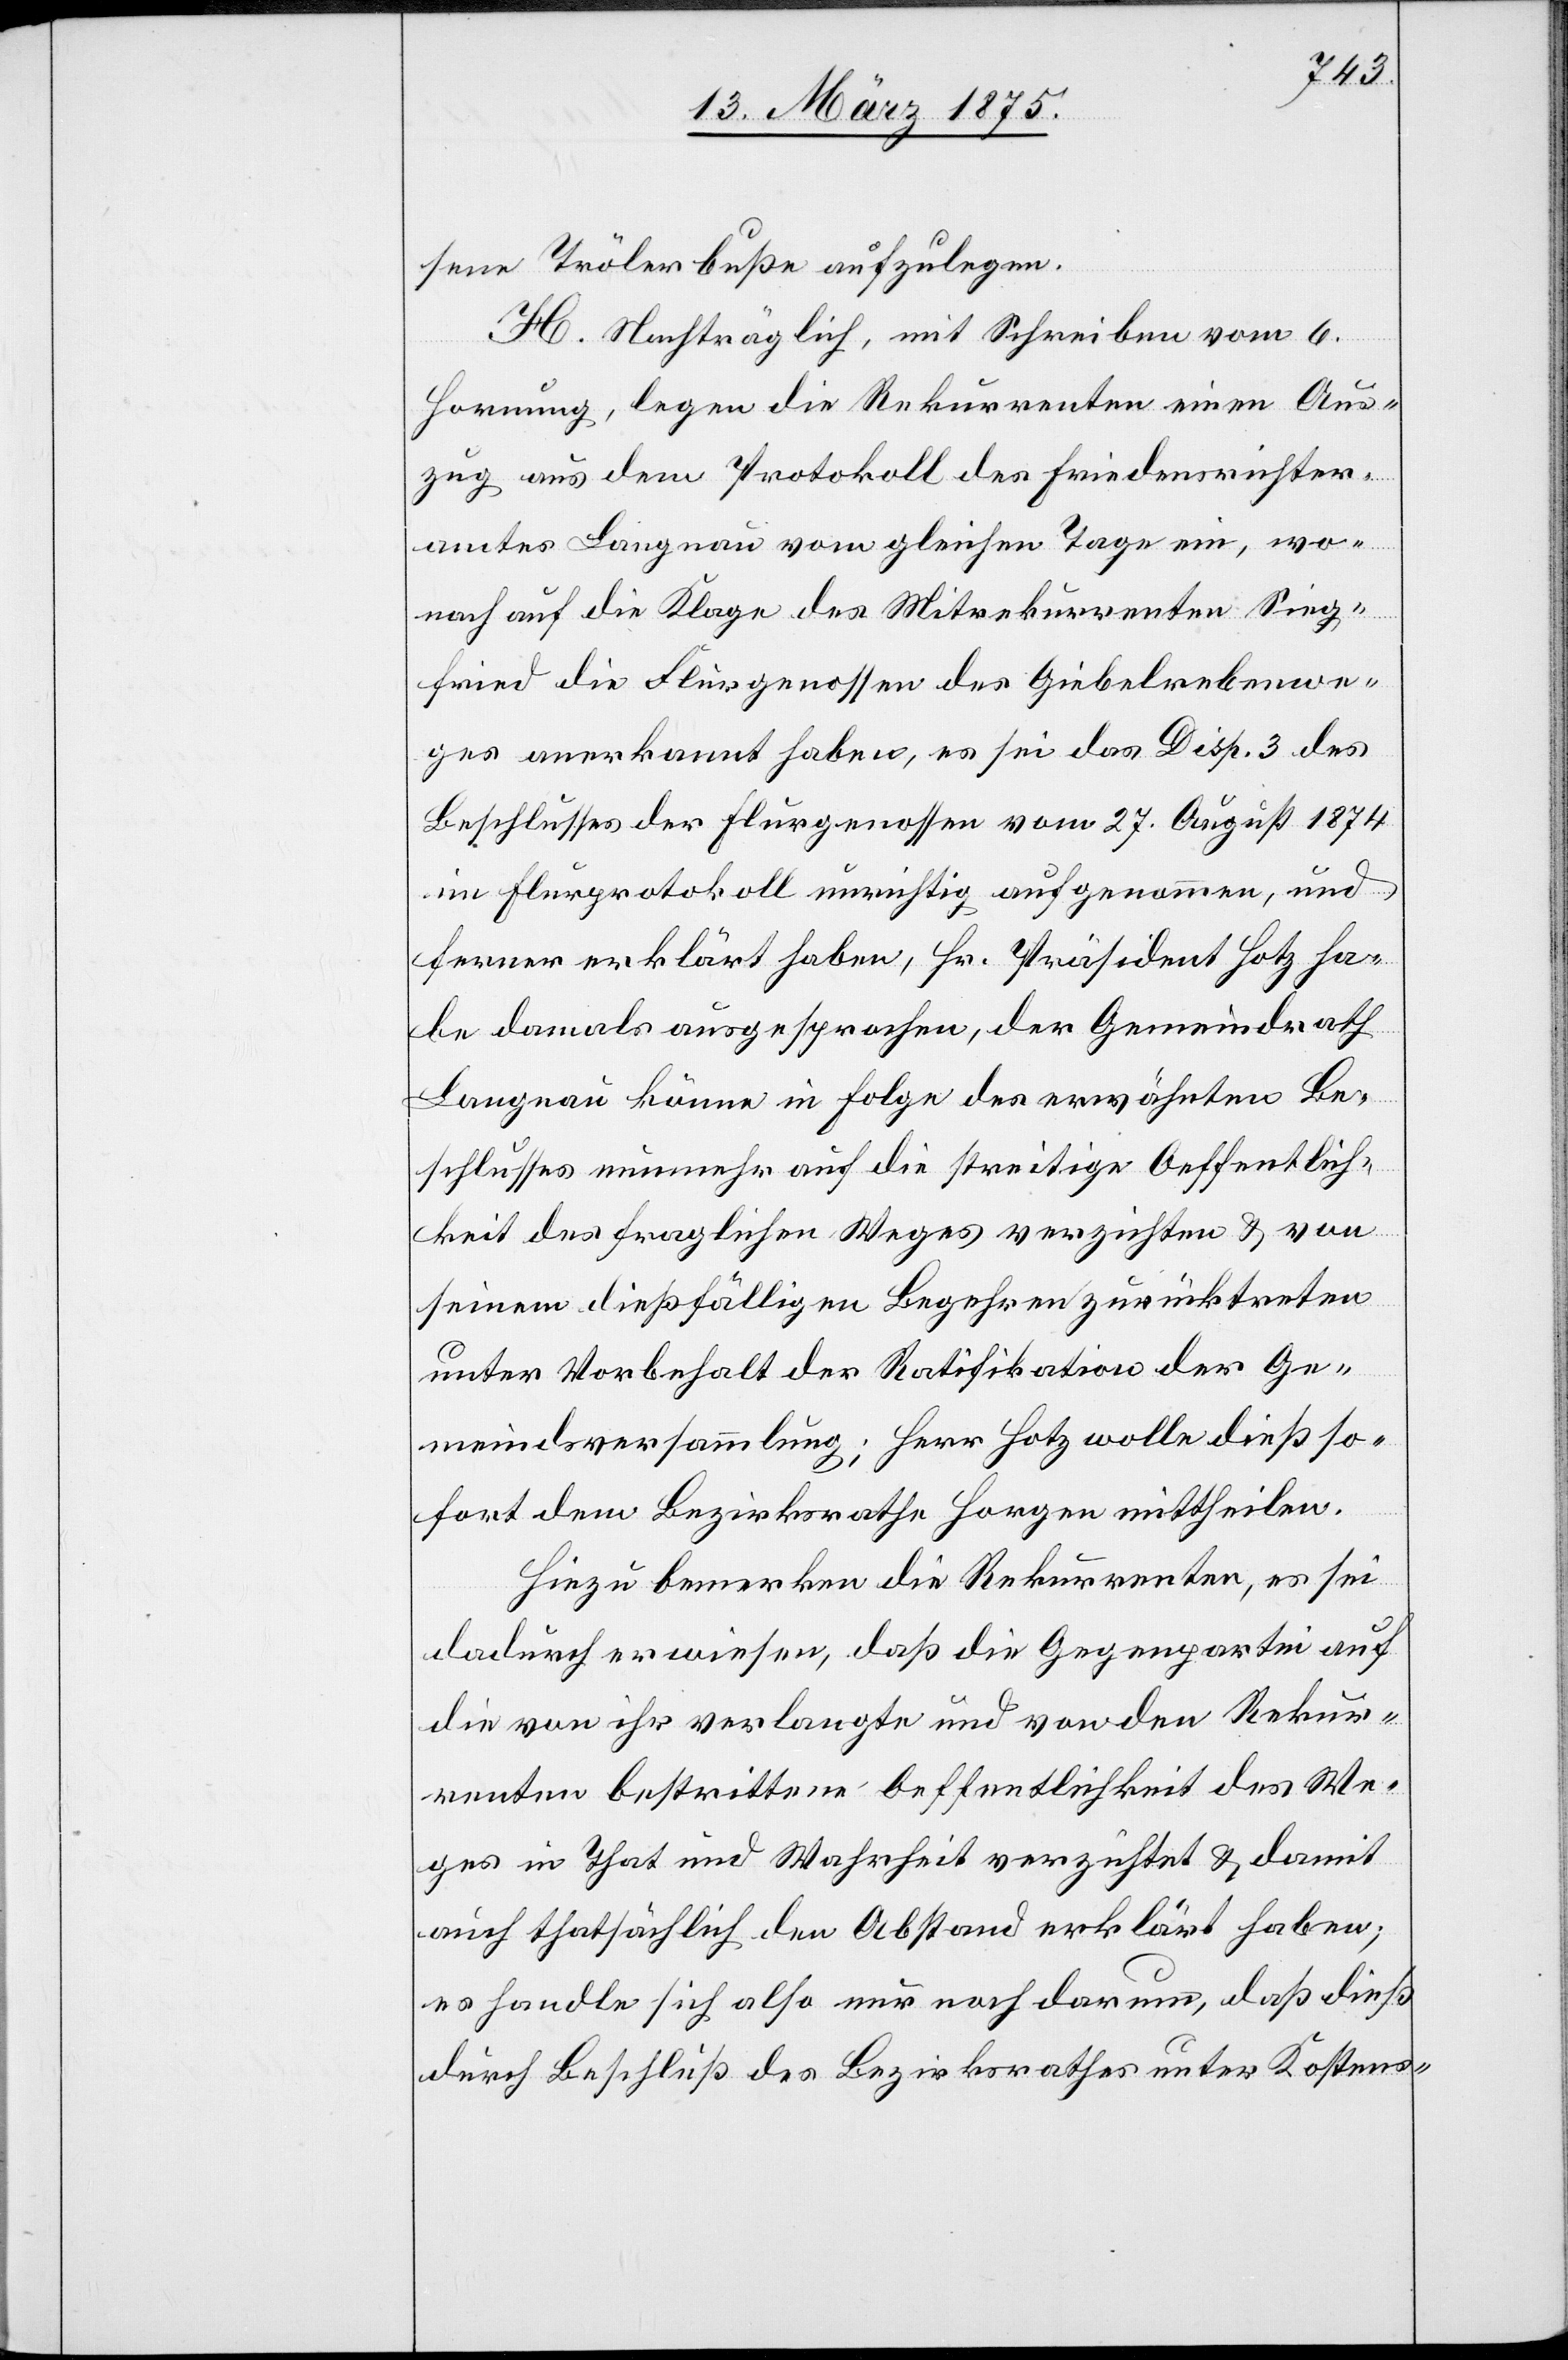
sene Trölerbuße aufzulegen.
H. Nachträglich, mit Schreiben vom 6.
Hornung, legen die Rekurrenten einen Aus¬
zug aus dem Protokoll des Friedensrichter¬
amtes Langnau vom gleichen Tage ein, wo¬
nach auf die Klage des Mitrekurrenten Sieg¬
fried die Flurgenossen des Gibelrebenwe¬
ges anerkannt haben, es sei das Disp. 3 des
Beschlusses der Flurgenossen vom 27. August 1874
im Flurprotokoll unrichtig aufgenommen, und
ferner erklärt haben, Hr. Präsident Hotz ha¬
be damals ausgesprochen, der Gemeindrath
Langnau könne in Folge des erwähnten Be¬
schlusses nunmehr auf die streitige Oeffentlich¬
keit des fraglichen Weges verzichten & und von
seinem dießfälligen Begehren zurückzutreten
unter Vorbehalt der Ratifikation der Ge¬
meindeversammlung; Herr Hotz wolle dieß so¬
fort dem Bezirksrathe Horgen mittheilen.
Hiezu bemerken die Rekurrenten, es sei
dadurch erwiesen, daß die Gegenpartei auf
die von ihr verlangte und von den Rekur¬
renten bestrittene Oeffentlichkeit des We¬
ges in That und Wahrheit verzichtet & damit
auch thatsächlich den Abstand erklärt habe;
es handle sich also nur noch darum, daß dieß
durch Beschluß des Bezirksrathes unter Kosten-